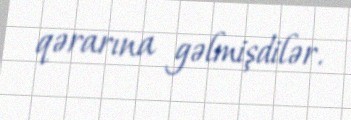
qərarına gəlmişdilər.